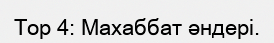
Top 4: Махаббат әндері.